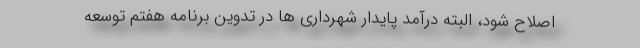
اصلاح شود، البته درآمد پایدار شهرداری ها در تدوین برنامه هفتم توسعه